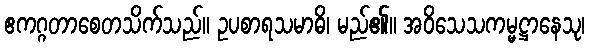
ဧကဂ္ဂတာစေတသိက်သည်။ ဥပစာရသမာဓိ၊ မည်၏။ အဝိသေသကမ္မဋ္ဌာနေသု၊